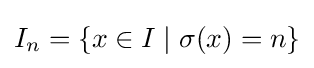
I_{n}=\{x\in I\mid \sigma (x)=n\}